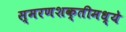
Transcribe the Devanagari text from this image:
स्मरणशक्तीमध्ये